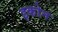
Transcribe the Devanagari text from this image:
इकोन